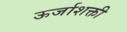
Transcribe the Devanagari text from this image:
ऊर्जाशक्ती